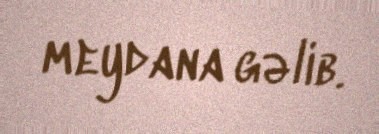
meydana gəlib.